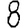
Digit: 8